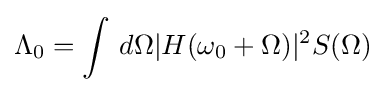
\Lambda _{0}=\int \,d\Omega |H(\omega _{0}+\Omega )|^{2}S(\Omega )